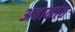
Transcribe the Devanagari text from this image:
अवाकांत